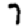
Digit: 7